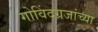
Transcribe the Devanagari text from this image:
गोविंदग्रजांच्या